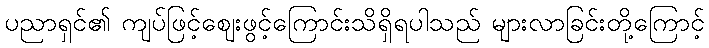
ပညာရှင်၏ ကျပ်ဖြင့်ဈေးဖွင့်ကြောင်းသိရှိရပါသည် များလာခြင်းတို့ကြောင့်